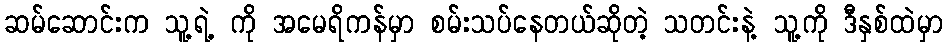
ဆမ်ဆောင်းက သူ့ရဲ့ ကို အမေရိကန်မှာ စမ်းသပ်နေတယ်ဆိုတဲ့ သတင်းနဲ့ သူ့ကို ဒီနှစ်ထဲမှာ